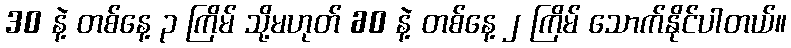
30 နဲ့ တစ်နေ့ ၃ ကြိမ် သို့မဟုတ် 60 နဲ့ တစ်နေ့ ၂ ကြိမ် သောက်နိုင်ပါတယ်။